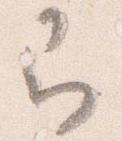
即